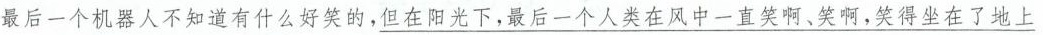
最后一个机器人不知道有什么好笑的，\underline{但}\underline{在}\underline{阳}\underline{光}\underline{下}\underline{，}\underline{最}\underline{后}\underline{一}\underline{个}\underline{人}\underline{类}\underline{在}\underline{风}\underline{中}\underline{一}\underline{直}\underline{笑}\underline{啊}\underline{、}\underline{笑}\underline{啊}\underline{，}\underline{笑}\underline{得}\underline{坐}\underline{在}\underline{了}\underline{地}\underline{上}